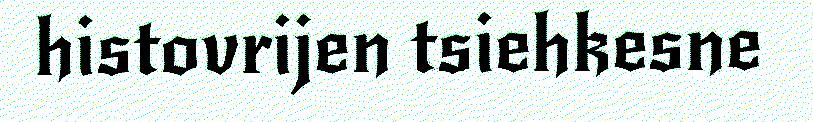
histovrijen tsiehkesne